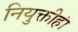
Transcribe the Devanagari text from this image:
नियुक्तीही